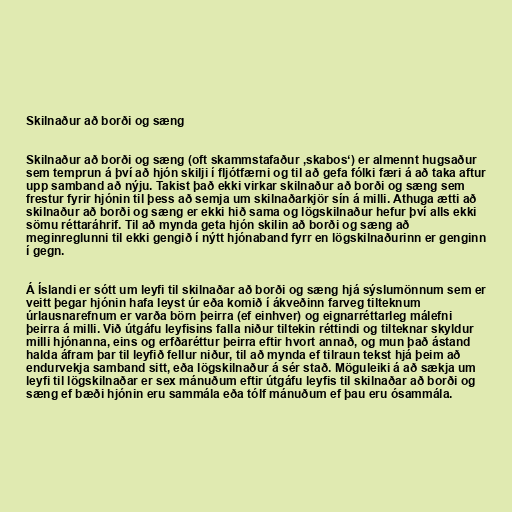
Skilnaður að borði og sæng

Skilnaður að borði og sæng (oft skammstafaður ‚skabos‘) er almennt hugsaður
sem temprun á því að hjón skilji í fljótfærni og til að gefa fólki færi á að taka aftur
upp samband að nýju. Takist það ekki virkar skilnaður að borði og sæng sem
frestur fyrir hjónin til þess að semja um skilnaðarkjör sín á milli. Athuga ætti að
skilnaður að borði og sæng er ekki hið sama og lögskilnaður hefur því alls ekki
sömu réttaráhrif. Til að mynda geta hjón skilin að borði og sæng að
meginreglunni til ekki gengið í nýtt hjónaband fyrr en lögskilnaðurinn er genginn
í gegn.

Á Íslandi er sótt um leyfi til skilnaðar að borði og sæng hjá sýslumönnum sem er
veitt þegar hjónin hafa leyst úr eða komið í ákveðinn farveg tilteknum
úrlausnarefnum er varða börn þeirra (ef einhver) og eignarréttarleg málefni
þeirra á milli. Við útgáfu leyfisins falla niður tiltekin réttindi og tilteknar skyldur
milli hjónanna, eins og erfðaréttur þeirra eftir hvort annað, og mun það ástand
halda áfram þar til leyfið fellur niður, til að mynda ef tilraun tekst hjá þeim að
endurvekja samband sitt, eða lögskilnaður á sér stað. Möguleiki á að sækja um
leyfi til lögskilnaðar er sex mánuðum eftir útgáfu leyfis til skilnaðar að borði og
sæng ef bæði hjónin eru sammála eða tólf mánuðum ef þau eru ósammála.